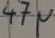
Text: 47µ